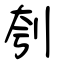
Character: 刳